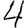
Digit: 4